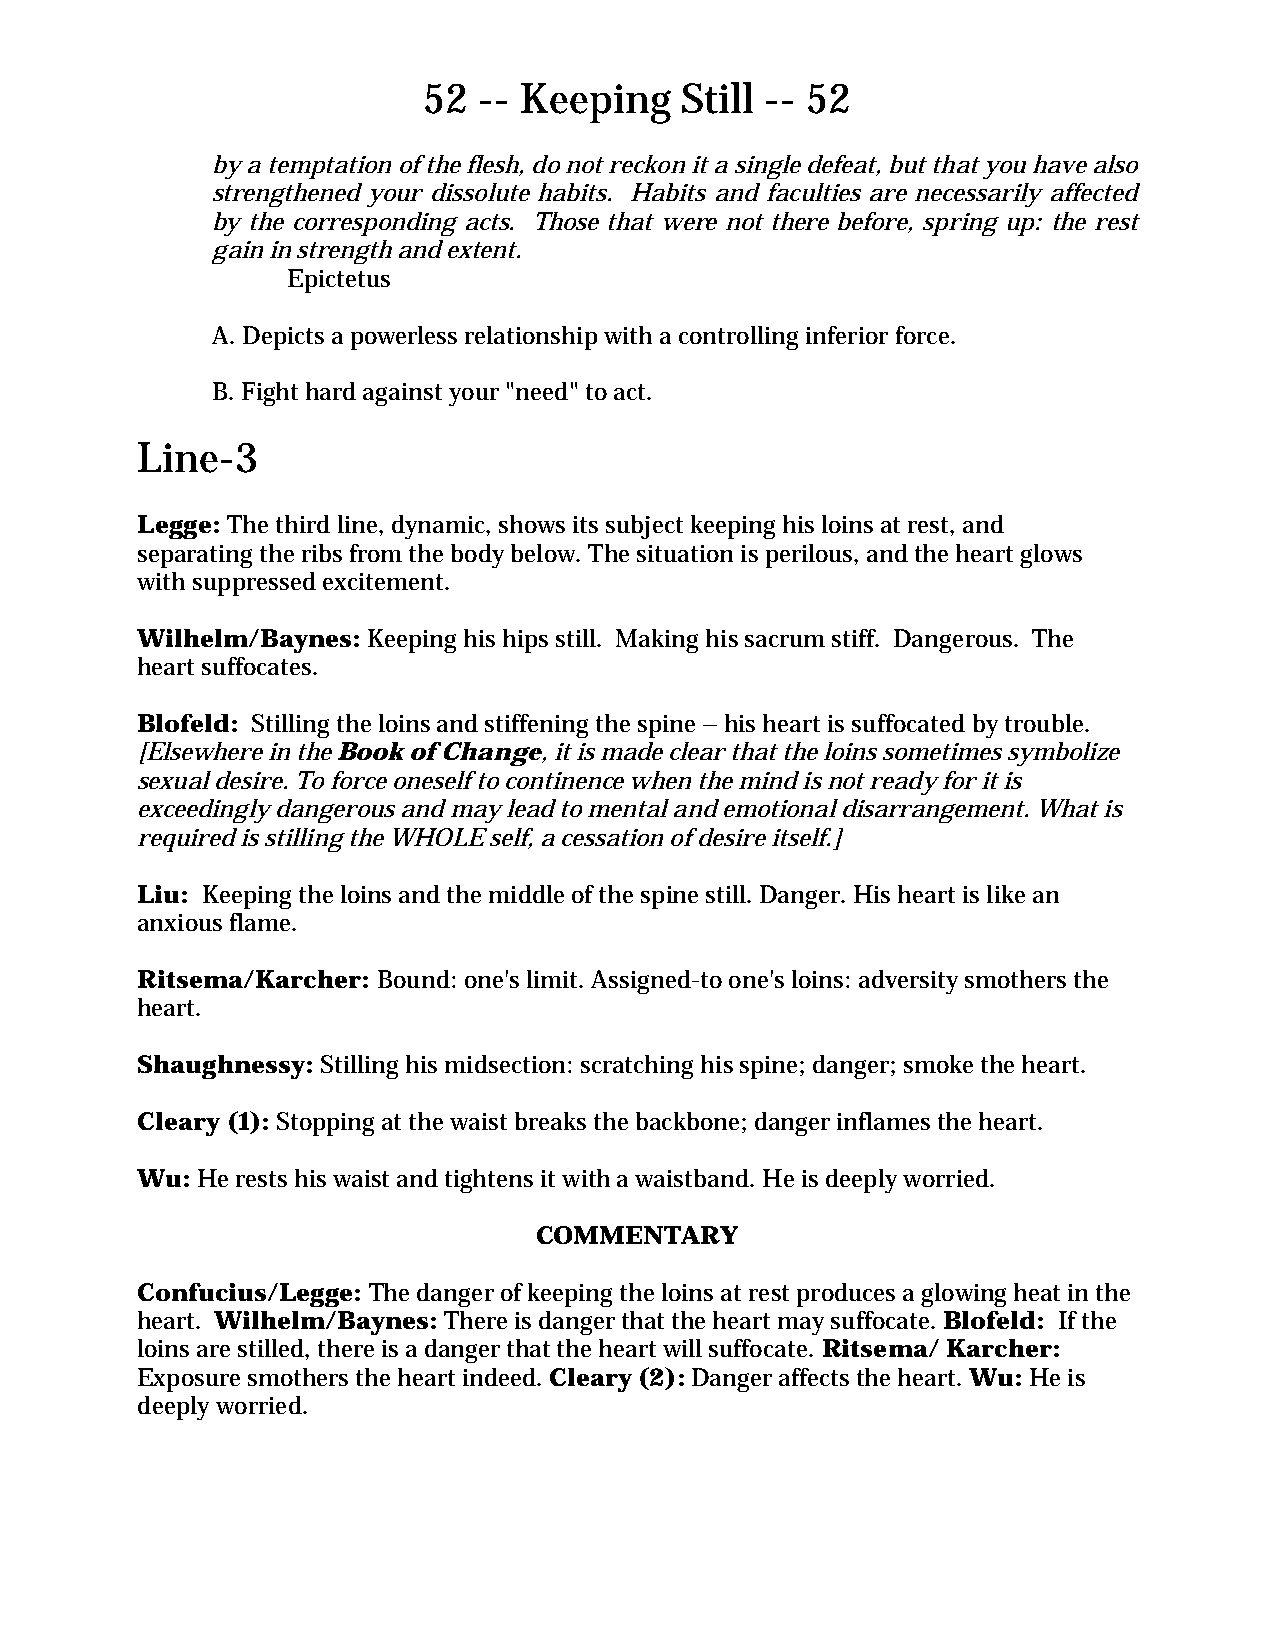
52  -- Keeping   Still -- 52
 by a temptation of the flesh, do not reckon it a single defeat, but that you have also
 strengthened your dissolute habits. Habits and faculties are necessarily affected
 by the corresponding acts. Those that were not there before, spring up: the rest
 gain in strength and extent.
 Epictetus
 A. Depicts a powerless relationship with a controlling inferior force.
 B. Fight hard against your "need" to act.
 Line-3
 Legge: The third line, dynamic, shows its subject keeping his loins at rest, and
 separating the ribs from the body below. The situation is perilous, and the heart glows
 with suppressed excitement.
 Wilhelm/Baynes: Keeping his hips still. Making his sacrum stiff. Dangerous. The
 heart suffocates.
 Blofeld: Stilling the loins and stiffening the spine – his heart is suffocated by trouble.
 [Elsewhere in the Book of Change, it is made clear that the loins sometimes symbolize
 sexual desire. To force oneself to continence when the mind is not ready for it is
 exceedingly dangerous and may lead to mental and emotional disarrangement. What is
 required is stilling the WHOLE self, a cessation of desire itself.]
 Liu: Keeping the loins and the middle of the spine still. Danger. His heart is like an
 anxious flame.
 Ritsema/Karcher: Bound: one's limit. Assigned-to one's loins: adversity smothers the
 heart.
 Shaughnessy: Stilling his midsection: scratching his spine; danger; smoke the heart.
 Cleary (1): Stopping at the waist breaks the backbone; danger inflames the heart.
 Wu: He rests his waist and tightens it with a waistband. He is deeply worried.
 COMMENTARY
 Confucius/Legge: The danger of keeping the loins at rest produces a glowing heat in the
 heart. Wilhelm/Baynes: There is danger that the heart may suffocate. Blofeld: If the
 loins are stilled, there is a danger that the heart will suffocate. Ritsema/ Karcher:
 Exposure smothers the heart indeed. Cleary (2): Danger affects the heart. Wu: He is
 deeply worried.